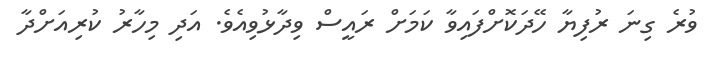
ވުރެ ގިނަ ރުފިޔާ ހޭދަކޮށްފައިވާ ކަމަށް ރައީސް ވިދާޅުވިއެވެ. އަދި މިހާރު ކުރިއަށްދާ